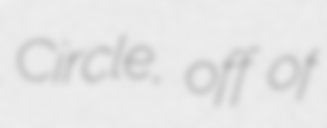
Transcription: Circle, off of